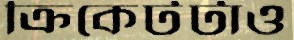
ক্রিকেটটাও